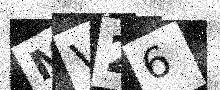
Text: MV26